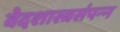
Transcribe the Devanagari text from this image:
वेदशास्त्रसंपन्‍न